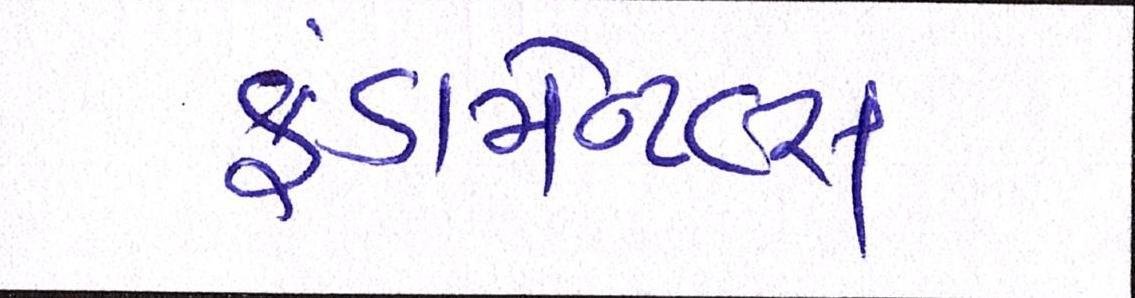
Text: ફંડામેન્ટલ્સ